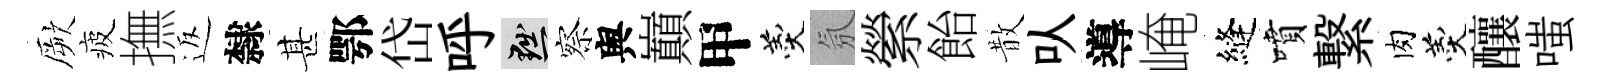
厥疲撫返隸甚鄂岱呼黜察舆巔甲羹氛縈飴散㕥導崦縫噴繋肉羹釀嗤